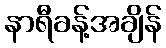
နာရီခန့်အချိန်